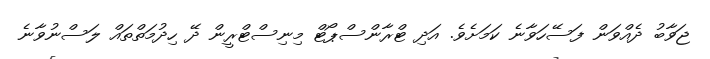
ޖަވާބު ދެއްވަން ފަސޭހަވާނެ ކަމަށެވެ. އަދި ޓްރާންސްޕޯޓް މިނިސްޓްރީން ދޭ ހިދުމަތްތައް ލަސްނުވާނެ